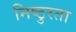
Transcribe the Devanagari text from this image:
निष्‍ठुरता